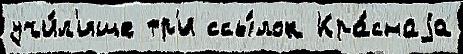
учи́л'ище тр'и ссы́лок Кра́снаjа